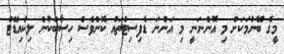
މީގެ ބޭނުމަކަށް މި އޮންނަނީ މި އަންނަ ޑެފިސިޓްތައް ކޮންވެސް ހިސާބަކުން ލިކުއިޑޭޓް